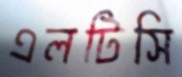
এলটিসি